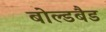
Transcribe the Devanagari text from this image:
बोल्डबैड